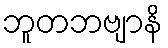
ဘူတဘဗျာနိ